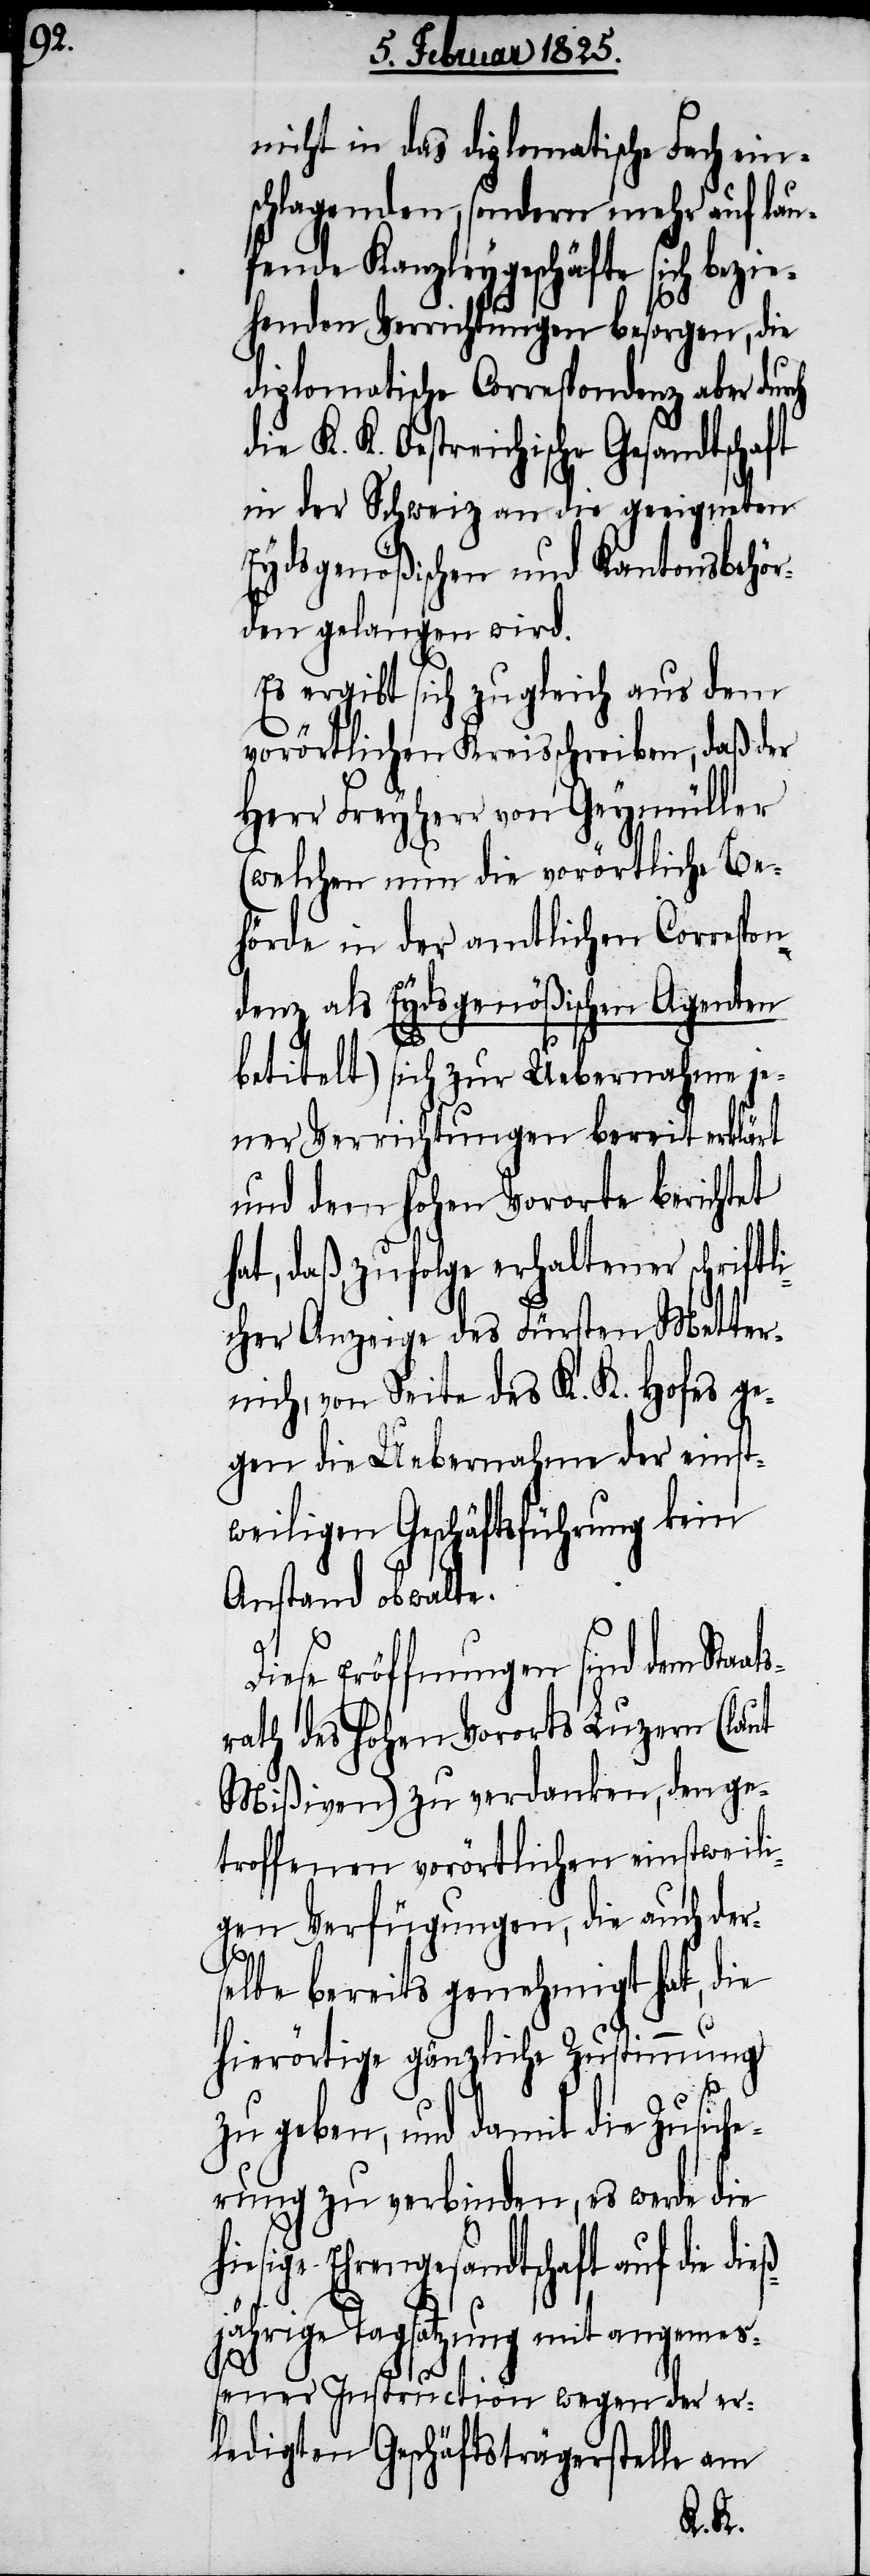
hi¬

nicht in das diplomatische Fach ein¬
schlagenden, sondern mehr auf lau¬
fende Kanzleygeschäfte sich bezie¬
henden Verrichtungen besorgen, die
diplomatische Correspondenz aber durch
K. K. Oestreichische Gesandtschaft
in der Schweiz an die geeigneten
Eydsgenößischen und Kantonsbehör¬
den gelangen wird.
Es ergibt sich zugleich aus dem
vorörtlichen Kreisschreiben, daß der
Herr Freyherr von Geymüller
(welchen nun die vorörtliche Be¬
hörde in der amtlichen Correspon¬
denz als Eydsgenößischen Agenten
betitelt) sich zur Uebernahme je¬
ner Verrichtungen bereit erklärt
und dem hohen Vororte berichtet
hat, daß, zufolge erhaltener schrif¬
icher Anzeige des Fürsten Metter¬
nich, von Seite des K. K. Hofes ge¬
gen die Uebernahme der einst¬
weiligen Geschäftsführung kein
Anstand obwalte.
Diese Eröffnungen sind dem Sta¬
rath des hohen Vororts Luzern (laut
Mißiven) zu verdanken, den ge¬
troffenen vorörtlichen einstweili¬
gen Verfügungen, die auch der¬
selbe bereits genehmigt hat, die
hierörtige gänzliche Zustimmung
zu geben, und damit die Zusiche¬
rung zu verbinden, es werde die
esige Ehrengesandtschaft auf die d¬
jährige Tagsatzung mit angemeß¬
ener Instruction wegen der er¬
ledigten Geschäftsträgerstelle am
ieß¬